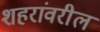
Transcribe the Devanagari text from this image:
शहरांवरील